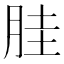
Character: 胿